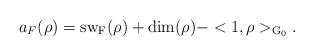
\begin{align*} a_F(\rho)=\rm{sw}_F(\rho)+\rm{dim}(\rho)-<1,\rho>_{G_0}.\end{align*}